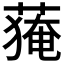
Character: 𱾘